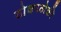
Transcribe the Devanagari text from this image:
ठोकाठोकी